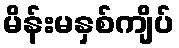
မိန်းမနှစ်ကျိပ်